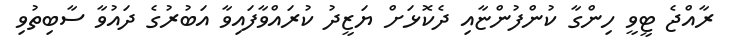
ރާއްޖެ ޓީވީ ހިންގާ ކުންފުންޏާއި ދެކޮޅަށް ޔަޒީދު ކުރައްވާފައިވާ އަބުރުގެ ދައުވާ ސާބިތުވި